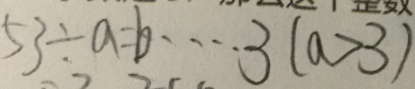
5 3 \div a = b \cdots 3 ( a > 3 )